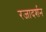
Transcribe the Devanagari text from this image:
रजादर्शन